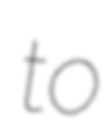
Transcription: to